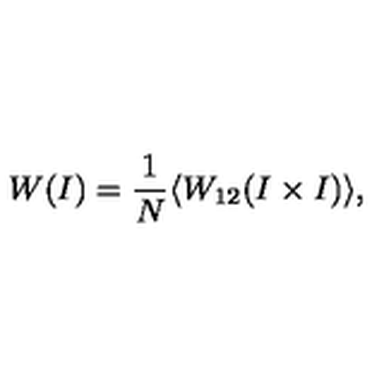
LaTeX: W ( I ) = \frac { 1 } { N } \langle W _ { 1 2 } ( I \times I ) \rangle ,